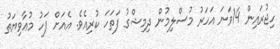
ހިޖުރައިން 14ވަނަ އަހަރު މުސްލިމުން ދިމިޝްގު ފަތަހަ ކުރިއެވެ. އެއަށް ފަހު މުޢާވިޔަތު